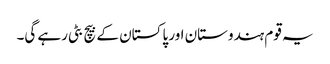
یہ قوم ہندوستان اور پاکستان کے بیچ بٹی رہے گی۔